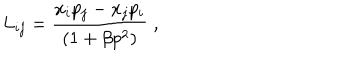
LaTeX: L _ { i j } = \frac { x _ { i } p _ { j } - x _ { j } p _ { i } } { ( 1 + \beta p ^ { 2 } ) } \; ,